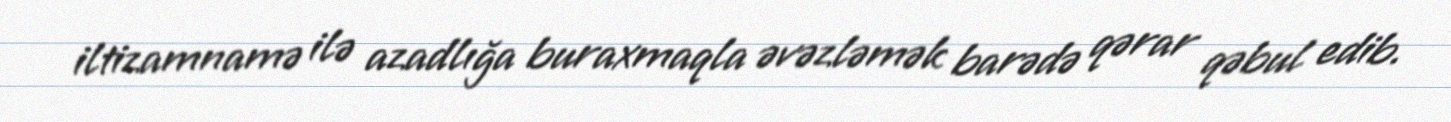
iltizamnamə ilə azadlığa buraxmaqla əvəzləmək barədə qərar qəbul edib.